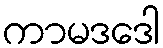
ကာမဒဒေါ